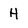
Character: H